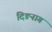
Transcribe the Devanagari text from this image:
दिङनाग